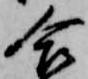
合